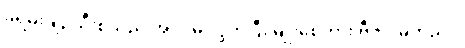
ခရမ်းချဉ်သီးစသည် အပင်မှ လွတ်ပြီး မျိုးစေ့ကား ဗီဇဂါမ်တည်း။